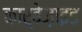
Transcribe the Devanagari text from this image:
कार्बेज़ाइड